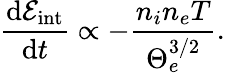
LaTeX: \frac{\mathrm{d}\mathcal{E}_{\mathrm{int}}}{\mathrm{d}t}\propto-\frac{n_{i}n_{e}T}{\Theta_{e}^{3/2}}.